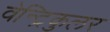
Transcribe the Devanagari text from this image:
वेन्ट्रिकुलर